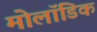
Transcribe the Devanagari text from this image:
मोलॉडिक